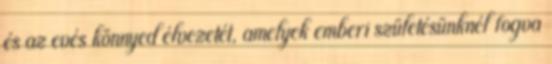
és az evés könnyed élvezetét, amelyek emberi születésünknél fogva